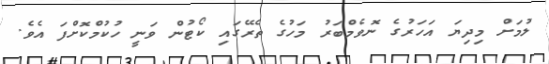
ލުމަށް މިދިޔަ އަހަރުގެ ނޮވެމްބަރު މަހުގެ ތެރޭގައި ކޯޓުން ވަނީ ހުކުމްކޮށްފަ އެވެ.